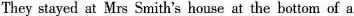
They stayed at Mrs Smith's house at the bottom of a